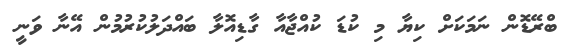
ބްރޭޑޮން ނަމަކަށް ކިޔާ މި ކުޑަ ކުއްޖާއާ ގާޑިއޮލާ ބައްދަލުކުރުމުން އޭނާ ވަނީ